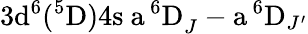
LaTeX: \mathrm{3d^{6}(^{5}D)4s\ a\, ^{6}D}_{J}-\mathrm{a\, ^{6}D}_{J^{\prime}}